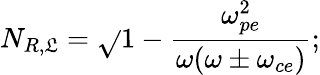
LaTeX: N_{R,\mathfrak{L}}=\sqrt{}{{1-\frac{{\omega_{pe}^{2}}}{{\omega(\omega\pm\omega_{ce})}}}};